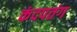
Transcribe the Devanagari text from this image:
कंदपतंग